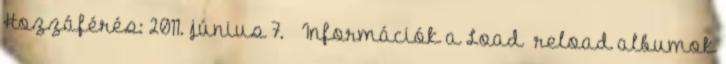
Hozzáférés: 2011. június 7. ↑ Információk a Load reload albumok